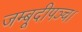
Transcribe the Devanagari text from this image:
जम्बूदीपञ्च।